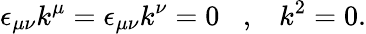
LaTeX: \epsilon_{\mu\nu}k^{\mu}=\epsilon_{\mu\nu}k^{\nu}=0\, \, \, \, \, ,\, \, \, \, \, k^{2}=0.